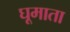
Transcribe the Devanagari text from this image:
घूमाता